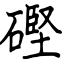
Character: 䃘